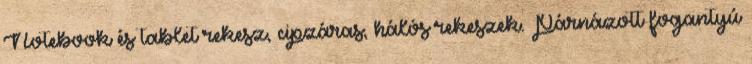
Notebook és tablet rekesz, cipzáras, hálós rekeszek. Párnázott fogantyú